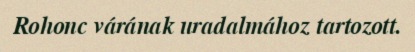
Rohonc várának uradalmához tartozott.